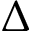
\Delta